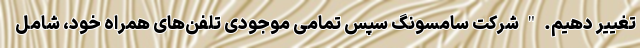
تغییر دهیم. " شرکت سامسونگ سپس تمامی موجودی تلفن‌های همراه خود، شامل